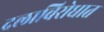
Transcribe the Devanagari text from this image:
दलाविरोधात